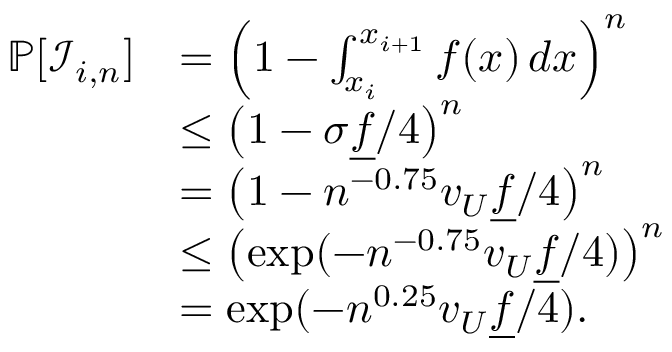
\begin{array} { r l } { \mathbb { P } [ \mathcal { I } _ { i , n } ] } & { = \left( 1 - \int _ { x _ { i } } ^ { x _ { i + 1 } } f ( x ) \, d x \right) ^ { n } } \\ & { \le \left( 1 - \sigma \underline { { f } } / 4 \right) ^ { n } } \\ & { = \left( 1 - n ^ { - 0 . 7 5 } v _ { U } \underline { { f } } / 4 \right) ^ { n } } \\ & { \le \left( \exp ( - n ^ { - 0 . 7 5 } v _ { U } \underline { { f } } / 4 ) \right) ^ { n } } \\ & { = \exp ( - n ^ { 0 . 2 5 } v _ { U } \underline { { f } } / 4 ) . } \end{array}